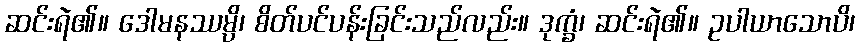
ဆင်းရဲ၏။ ဒေါမနဿမ္ပိ၊ စိတ်ပင်ပန်းခြင်းသည်လည်း။ ဒုက္ခံ၊ ဆင်းရဲ၏။ ဥပါယာသောပိ၊